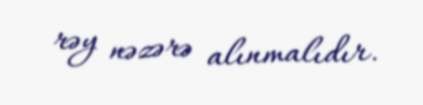
rəy nəzərə alınmalıdır.